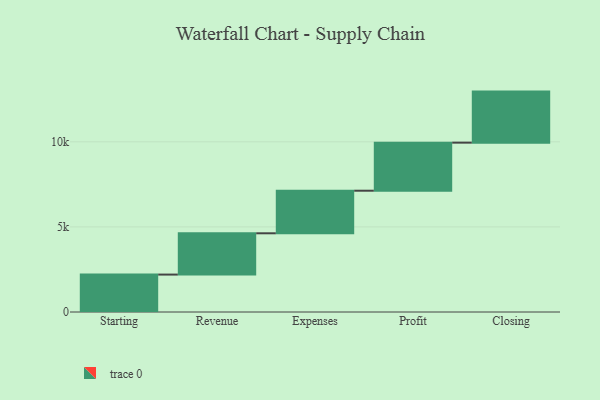
{"axis": {"x": "Step", "y": "Value"}, "legend": [""], "data": [{"x": "Starting", "y": 2199.0, "type": ""}, {"x": "Revenue", "y": 2426.0, "type": ""}, {"x": "Expenses", "y": 2502.0, "type": ""}, {"x": "Profit", "y": 2824.0, "type": ""}, {"x": "Closing", "y": 3000, "type": ""}]}